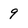
Character: 9